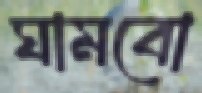
ঘামবো